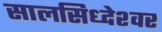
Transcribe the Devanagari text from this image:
सालसिध्‍देश्‍वर